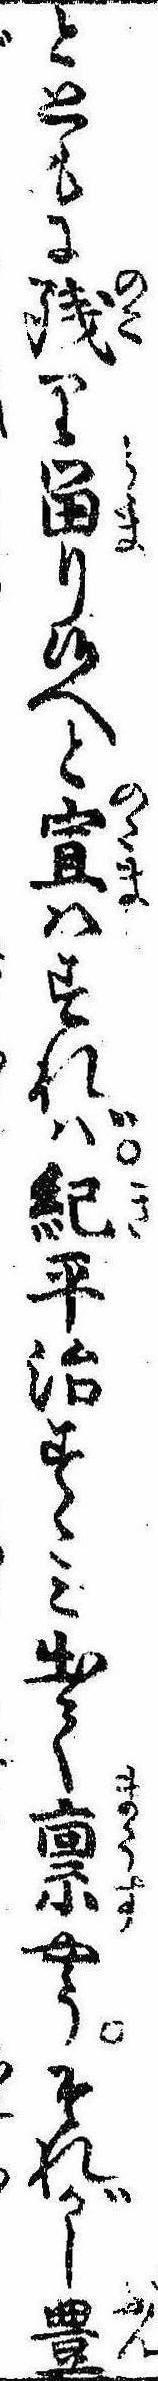
とともに残り留り候へと宣はすれば紀平治すゝみ出て禀やうそれがし豊